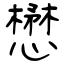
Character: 懋